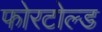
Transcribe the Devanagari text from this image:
फोरटोल्‍ड